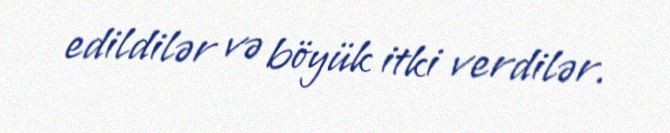
edildilər və böyük itki verdilər.